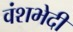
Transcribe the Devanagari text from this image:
वंशभेदी